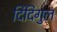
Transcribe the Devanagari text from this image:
दिंदिगुल